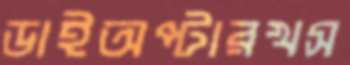
ডাইঅপ্টারখস